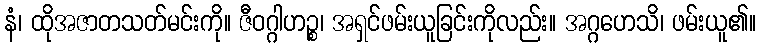
နံ၊ ထိုအဇာတသတ်မင်းကို။ ဇီဝဂ္ဂါဟဉ္စ၊ အရှင်ဖမ်းယူခြင်းကိုလည်း။ အဂ္ဂဟေသိ၊ ဖမ်းယူ၏။